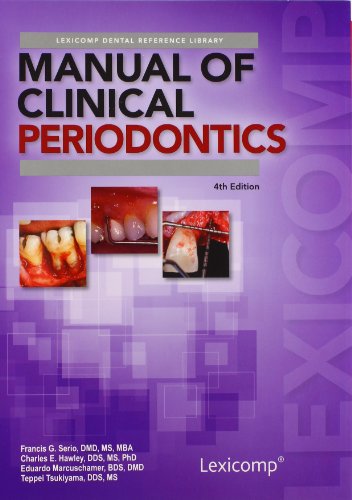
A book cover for Manual of Clinical Periodontics; Francis G. Serio; Medical Books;